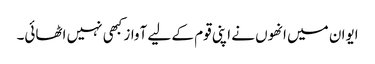
ایوان میں انھوں نے اپنی قوم کے لیے آواز کبھی نہیں اٹھائی۔